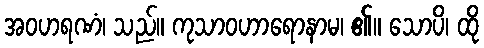
အဝဟရဏံ၊ သည်။ ကုသာဝဟာရောနာမ၊ ၏။ သောပိ၊ ထို